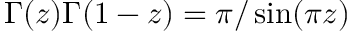
\Gamma ( z ) \Gamma ( 1 - z ) = \pi / \sin ( \pi z )